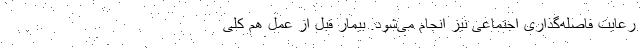
رعایت فاصله‌گذاری اجتماعی نیز انجام می‌شود. بیمار قبل از عمل هم کلی